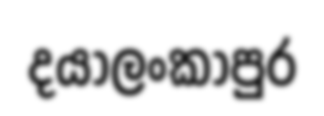
දයාලංකාපුර